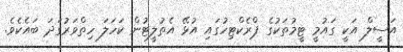
އަސީލް އަކީ ގައުމީ ޓީމުތަކުގެ ޕްރެކްޓިހުގައި އުޅޭ އެތުލީޓުން ކަހަލަ ހިތްވަރުގަދަ ބައެކެވެ.